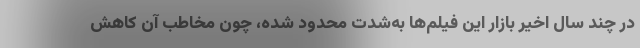
در چند سال اخیر بازار این فیلم‌ها به‌شدت محدود شده، چون مخاطب آن کاهش